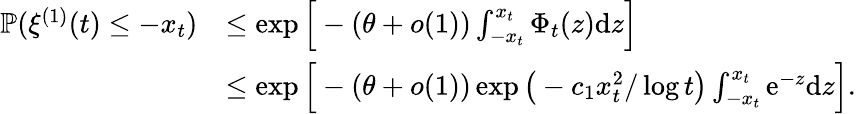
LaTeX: \begin{array}{rl}{\mathbb{P}(\xi^{(1)}(t)\leq-x_{t})}&{\leq\exp\Big[-(\theta+o(1))\int_{-x_{t}}^{x_{t}}\Phi_{t}(z)\mathrm dz\Big]}\\ &{\leq\exp\Big[-(\theta+o(1))\exp\big(-c_{1}x_{t}^{2}/\log t\big)\int_{-x_{t}}^{x_{t}}\mathrm e^{-z}\mathrm dz\Big].}\end{array}